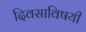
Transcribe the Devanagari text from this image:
दिवसाविषयी